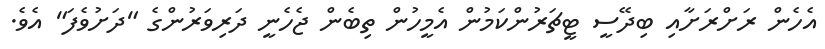
އެހެން ރަށްރަށާއި ބިދޭސީ ޓީޗަރުންކަމުން އެމީހުން ތިބެން ޖެހެނީ ދަރިވަރުންގެ "ދަށުވެފަ" އެވެ.